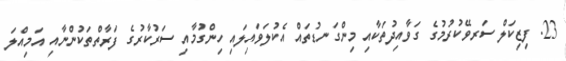
23. ފިޒިކަލް ސަރވޭކުރުމުގެ ގަވާއިދުތަކާއި މިންގަނޑުތައް އެކުލަވައިލައި ހިންގުމާއި ސަރުކާރުގެ ފަރާތްތަކުންނާއި އަމިއްލަ